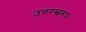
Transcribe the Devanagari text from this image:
उत्तरस्वरूप